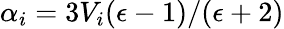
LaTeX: \alpha_{i}=3V_{i}(\epsilon-1)/(\epsilon+2)